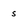
Character: s